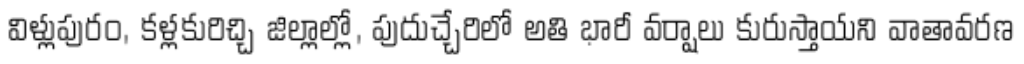
విళ్లుపురం, కళ్లకురిచ్చి జిల్లాల్లో, పుదుచ్చేరిలో అతి భారీ వర్షాలు కురుస్తాయని వాతావరణ